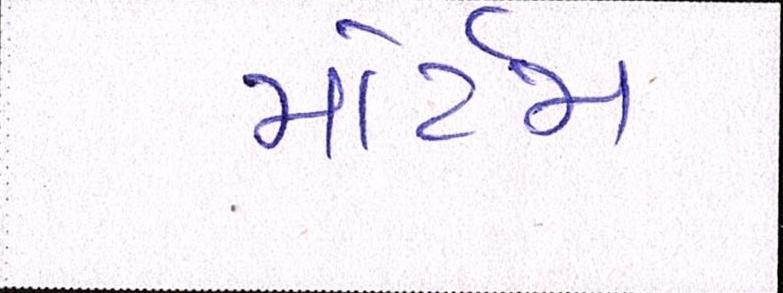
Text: મોર્ટમ